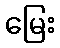
မြေး